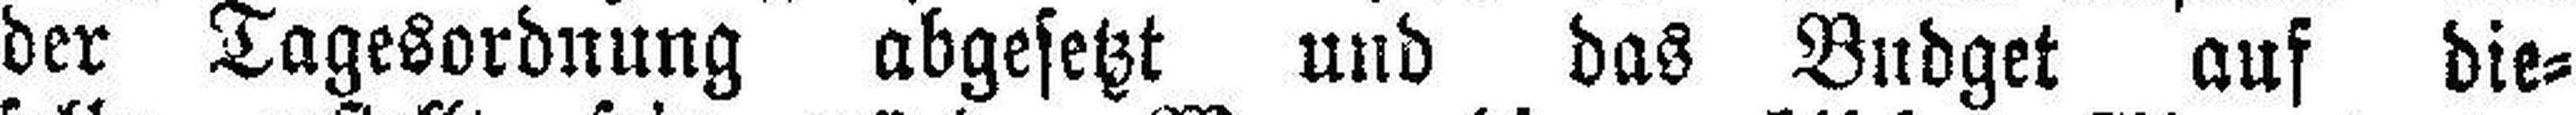
der Tagesordnung abgesetzt und das Budget auf die¬